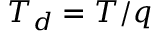
T _ { d } = T / q